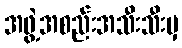
အဖွဲ့အစည်းအသီးသီးမှ